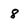
Character: 8